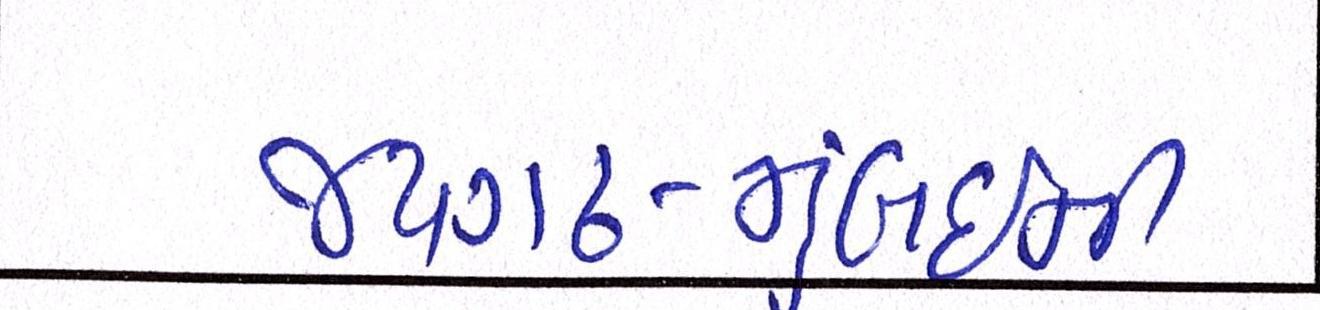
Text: જયગઢ-મુંબઈની